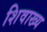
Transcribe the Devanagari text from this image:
शिवाख्य